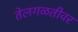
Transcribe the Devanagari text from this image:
तेलगळतीवर